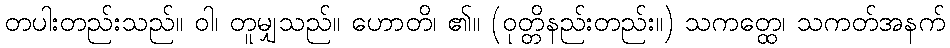
တပါးတည်းသည်။ ဝါ၊ တူမျှသည်။ ဟောတိ၊ ၏။ (ဝုတ္တိနည်းတည်း။) သကတ္ထေ၊ သကတ်အနက်